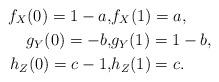
LaTeX: \begin{align*} f_X(0)=1- a,&f_X(1)=a,\\ g_Y(0)=-b,&g_Y(1)=1-{b},\\ h_Z(0)={c}-1,& h_Z(1)=c.\end{align*}